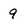
Character: 9